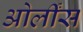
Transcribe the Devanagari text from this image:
ओर्लींस